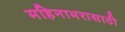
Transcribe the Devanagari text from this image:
महिनाभरासाठी